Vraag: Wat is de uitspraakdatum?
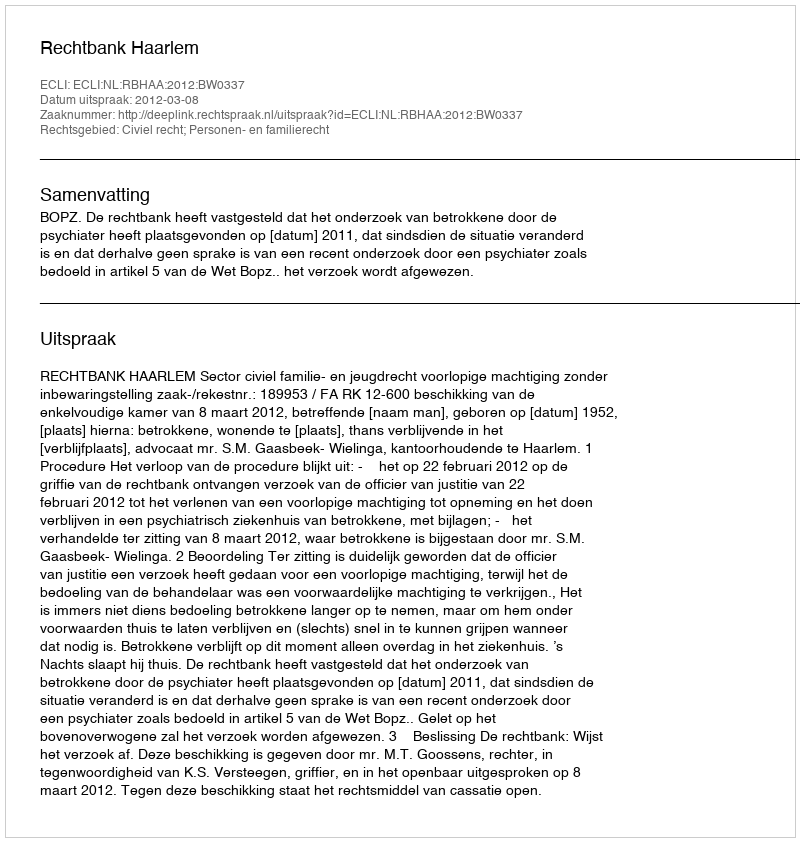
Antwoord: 2012-03-08